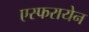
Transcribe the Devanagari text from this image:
एस्फरायेन